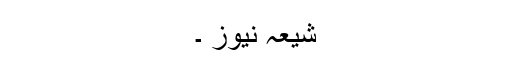
شیعہ نیوز ۔